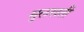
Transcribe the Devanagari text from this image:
मुलखती